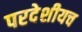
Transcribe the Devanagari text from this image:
परदेशीयच